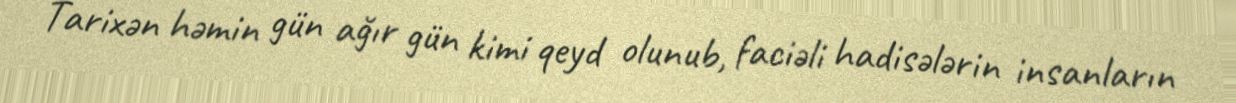
Tarixən həmin gün ağır gün kimi qeyd olunub, faciəli hadisələrin insanların